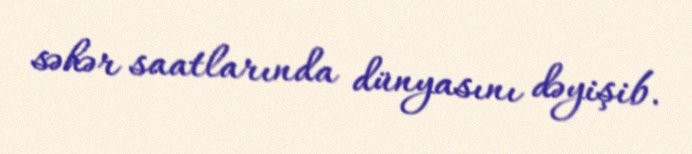
səhər saatlarında dünyasını dəyişib.